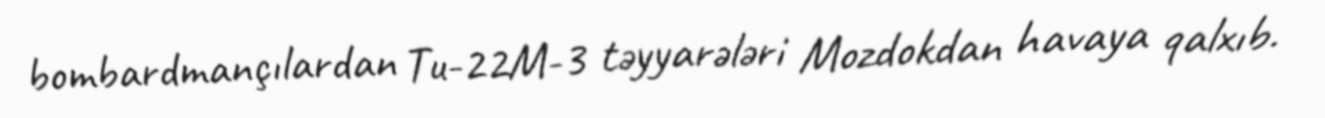
bombardmançılardan Tu-22M-3 təyyarələri Mozdokdan havaya qalxıb.